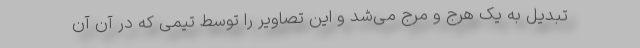
تبدیل به یک هرج و مرج می‌شد و این تصاویر را توسط تیمی که در آن آن